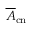
\overline { { A } } _ { \mathrm { c n } }